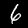
Label: 6